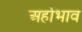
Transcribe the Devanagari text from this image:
अहोभाव